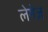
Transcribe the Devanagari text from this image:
लेमेज़